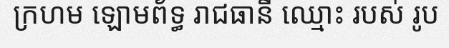
ក្រហម ឡោមព័ទ្ធ រាជធានី ឈ្មោះ របស់ រូប